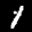
Label: 1